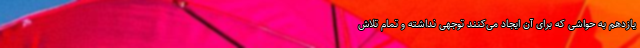
یازدهم به حواشی که برای آن ایجاد می‌کنند توجهی نداشته و تمام تلاش